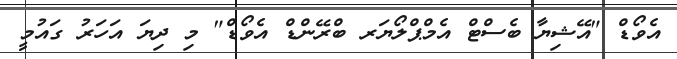
އެވޯޑް "އޭޝިޔާ ބެސްޓް އެމްޕްލޯޔަރ ބްރޭންޑް އެވޯޑް" މި ދިޔަ އަހަރު ގައުމީ